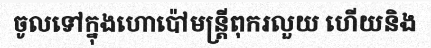
ចូលទៅក្នុងហោប៉ៅមន្ត្រីពុករលួយ ហើយនិង